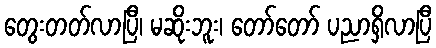
တွေးတတ်လာပြီ၊ မဆိုးဘူး၊ တော်တော် ပညာရှိလာပြီ